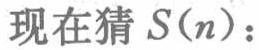
现在猜 \(S(n)\)：